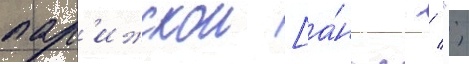
пар'ижскои [а́нгл. / ";